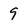
Character: 9